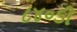
૮૪૦ડી